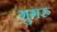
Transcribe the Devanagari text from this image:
गुगरु